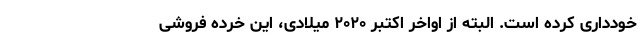
خودداری کرده است. البته از اواخر اکتبر ۲۰۲۰ میلادی، این خرده فروشی